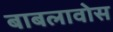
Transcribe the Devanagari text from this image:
बाबलावोस